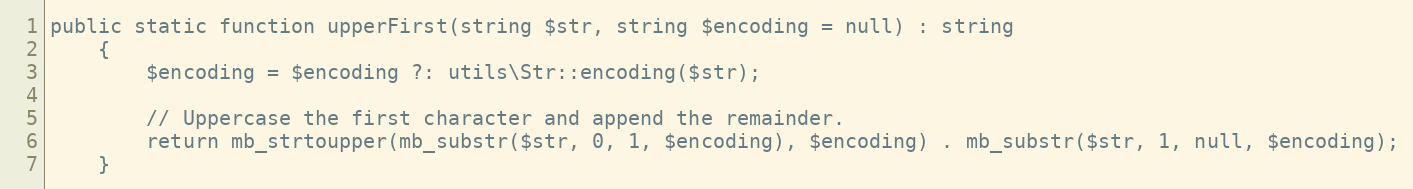
Language: PHP
public static function upperFirst(string $str, string $encoding = null) : string
    {
        $encoding = $encoding ?: utils\Str::encoding($str);

        // Uppercase the first character and append the remainder.
        return mb_strtoupper(mb_substr($str, 0, 1, $encoding), $encoding) . mb_substr($str, 1, null, $encoding);
    }